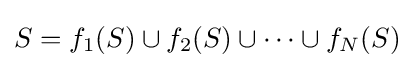
S=f_{1}(S)\cup f_{2}(S)\cup \cdots \cup f_{N}(S)